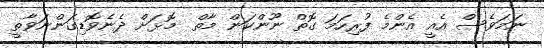
ނަމަވެސް އެއީ އެންމެ ފުރިހަމަ ގޮތް ނޫންކަން މާތް  މޮޅަށް ދެނެވޮޑިގަންނަވާތީ